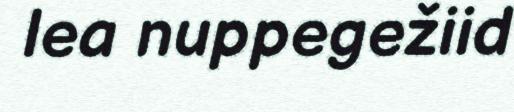
lea nuppegežiid